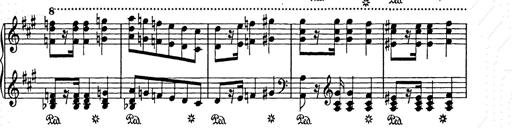
Title: Weihnachtsbaum
Composer: Franz Liszt